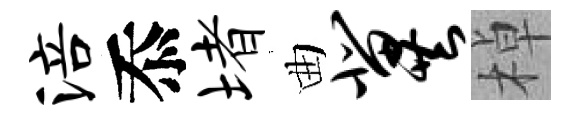
涪忝堵曲冀棹